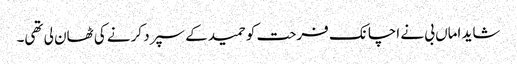
شاید اماں بی نے اچانک فرحت کو حمید کے سپرد کرنے کی ٹھان لی تھی۔